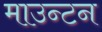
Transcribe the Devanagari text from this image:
माउन्टन